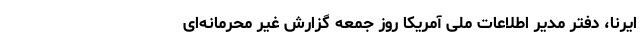
ایرنا، دفتر مدیر اطلاعات ملی آمریکا روز جمعه گزارش غیر محرمانه‌ای